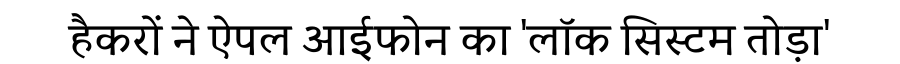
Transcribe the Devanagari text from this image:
हैकरों ने ऐपल आईफोन का 'लॉक सिस्टम तोड़ा'